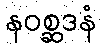
နဝစ္ဆဒနံ